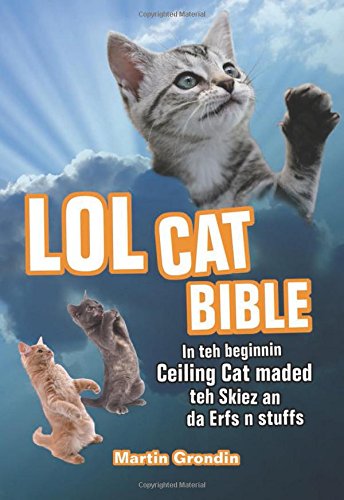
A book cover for LOLcat Bible: In teh beginnin Ceiling Cat maded teh skiez an da Erfs n stuffs; Martin Grondin; Humor & Entertainment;